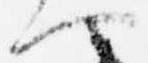
へ